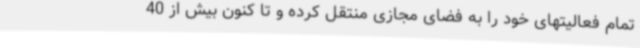
تمام فعالیتهای خود را به فضای مجازی منتقل کرده و تا کنون بیش از 40